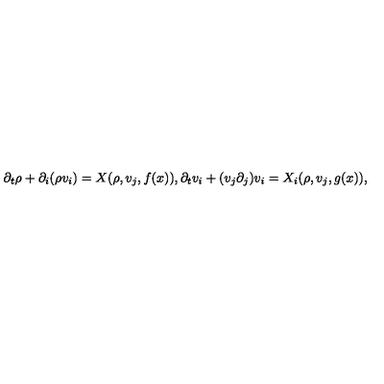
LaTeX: \partial _ { t } \rho + \partial _ { i } ( \rho v _ { i } ) = X ( \rho , v _ { j } , f ( x ) ) , \partial _ { t } v _ { i } + ( v _ { j } \partial _ { j } ) v _ { i } = X _ { i } ( \rho , v _ { j } , g ( x ) ) ,